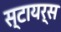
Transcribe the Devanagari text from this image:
स्टायर्स